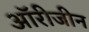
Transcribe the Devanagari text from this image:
ऑरीजीन